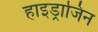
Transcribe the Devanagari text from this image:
हाइड्राजिन